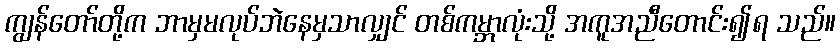
ကျွန်တော်တို့က ဘာမှမလုပ်ဘဲနေမှသာလျှင် တစ်ကမ္ဘာလုံးသို့ အကူအညီတောင်း၍ရ သည်။